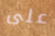
على